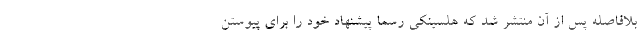
بلافاصله پس از آن منتشر شد که هلسینکی رسماً پیشنهاد خود را برای پیوستن